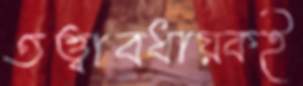
তত্ত্বাবধায়কই